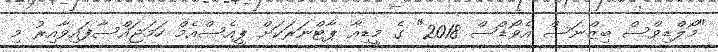
"މޯލްޑިވްސް ބިޒްނަސް އެވޯޑްސް 2018" ގެ މީޑިއާ ޕާޓްނަރަކަށް ޕީއެސްއެމް ހަމަޖައްސާފައިވާއިރު މި